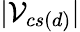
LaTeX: |\mathcal{V}_{cs(d)}|